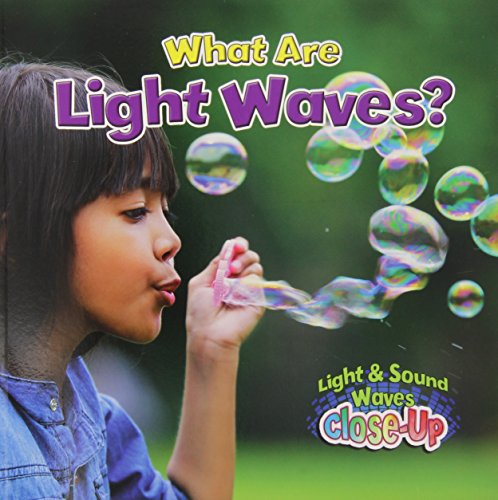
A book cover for What Are Light Waves? (Light & Sound Waves Close-Up); Robin Johnson; Children's Books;